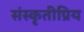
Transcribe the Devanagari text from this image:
संस्कृतीप्रिय